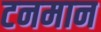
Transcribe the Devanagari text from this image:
टनमान